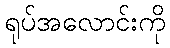
ရုပ်အလောင်းကို